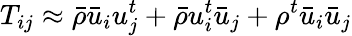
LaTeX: T_{ij}\approx\bar{\rho}\bar{u}_{i}u_{j}^{t}+\bar{\rho}u_{i}^{t}\bar{u}_{j}+\rho^{t}\bar{u}_{i}\bar{u}_{j}